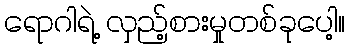
ရောဂါရဲ့ လှည့်စားမှုတစ်ခုပေါ့။